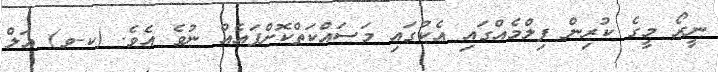
ނީރޯ މީގެ ކުރިން ފިލްމެއްގައި އެކުގައި މަސައްކަތްކޮށްފައެއް ނުވެ އެވެ. (ކ-ވ) އަލް